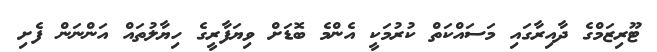
ޓޫރިޒަމްގެ ދާއިރާގައި މަސައްކަތް ކުރުމަކީ އެންމެ ބޮޑަށް ވިޔަފާރީގެ ހިޔާލުތައް އަންނަން ފެށި